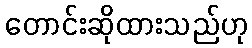
တောင်းဆိုထားသည်ဟု